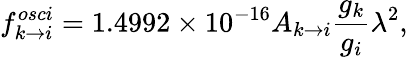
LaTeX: f_{k\rightarrow i}^{osci}=1.4992\times 10^{-16}A_{k\rightarrow i}\frac{g_{k}}{g_{i}}\lambda^{2},